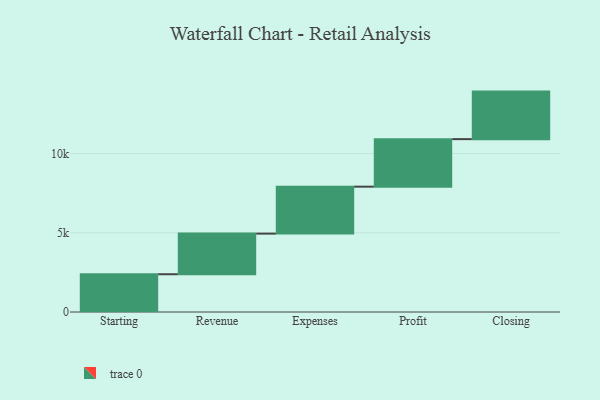
{"axis": {"x": "Step", "y": "Value"}, "legend": [""], "data": [{"x": "Starting", "y": 2383.0, "type": ""}, {"x": "Revenue", "y": 2564.0, "type": ""}, {"x": "Expenses", "y": 2963.0, "type": ""}, {"x": "Profit", "y": 3000, "type": ""}, {"x": "Closing", "y": 3000, "type": ""}]}